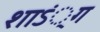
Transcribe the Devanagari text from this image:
शाऽं्ग